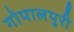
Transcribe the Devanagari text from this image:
गोपालपुरी